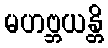
မဟဗ္ဘယန္တိ